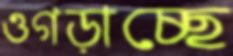
ওগড়াচ্ছে